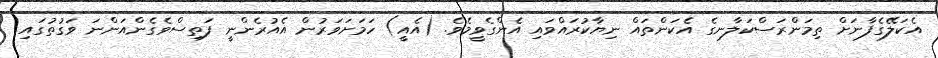
އެކަލޭގެފާނަށް ތިމަންރަސްކަލާނގެ އެކަންތައް ނިޔާކުރައްވައި އެންގެވީމެވެ. (އެއީ) ހަމަށަވަރުން އެއުރެންނީ ފަތިސްވެގެންއަންނަ ވަގުތުގައި